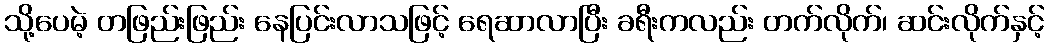
သို့ပေမဲ့ တဖြည်းဖြည်း နေပြင်းလာသဖြင့် ရေဆာလာပြီး ခရီးကလည်း တက်လိုက်၊ ဆင်းလိုက်နှင့်